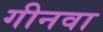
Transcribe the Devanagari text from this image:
गीनवा